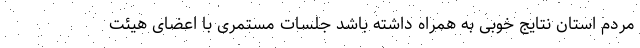
مردم استان نتایج خوبی به همراه داشته باشد جلسات مستمری با اعضای هیئت